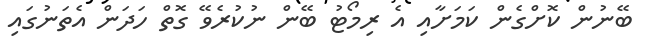
ބޭނުން ކޮށްގެން ކަމަށާއި އެ ރިމޯޓު ބޭން ނުކުރެވޭ ގޮތް ހަދަން އެތަނުގައި